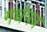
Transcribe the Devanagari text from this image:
गधंपत्र